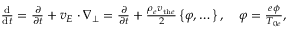
\begin{array} { r } { \frac { \mathrm { d } } { \mathrm { d } t } = \frac { \partial } { \partial t } + { \boldsymbol { v } } _ { E } \cdot { \boldsymbol { \nabla } } _ { \perp } = \frac { \partial } { \partial t } + \frac { \rho _ { e } v _ { \mathrm { t h } e } } { 2 } \left\{ \varphi , \dots \right\} , \quad \varphi = \frac { e \phi } { T _ { 0 e } } , } \end{array}